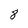
Character: 8